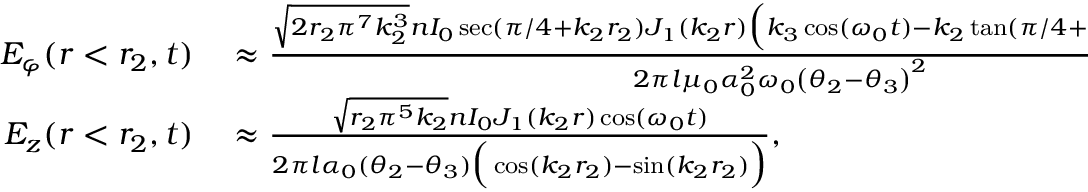
\begin{array} { r l } { E _ { \varphi } ( r < r _ { 2 } , t ) } & { { } \approx \frac { \sqrt { 2 r _ { 2 } \pi ^ { 7 } k _ { 2 } ^ { 3 } } n I _ { 0 } \sec ( \pi / 4 + k _ { 2 } r _ { 2 } ) J _ { 1 } ( k _ { 2 } r ) \Big ( k _ { 3 } \cos ( \omega _ { 0 } t ) - k _ { 2 } \tan ( \pi / 4 + k _ { 2 } r _ { 2 } ) \sin ( \omega _ { 0 } t ) \Big ) } { 2 \pi l \mu _ { 0 } \alpha _ { 0 } ^ { 2 } \omega _ { 0 } \left( \theta _ { 2 } - \theta _ { 3 } \right) ^ { 2 } } , } \\ { E _ { z } ( r < r _ { 2 } , t ) } & { { } \approx \frac { \sqrt { r _ { 2 } \pi ^ { 5 } k _ { 2 } } n I _ { 0 } J _ { 1 } ( k _ { 2 } r ) \cos ( \omega _ { 0 } t ) } { 2 \pi l \alpha _ { 0 } ( \theta _ { 2 } - \theta _ { 3 } ) \Big ( \cos ( k _ { 2 } r _ { 2 } ) - \sin ( k _ { 2 } r _ { 2 } ) \Big ) } , } \end{array}